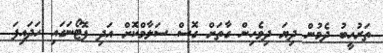
ތަރުހީބު ދެމުން ދިޔަ ދިވެހިން ގާތަށް ގޮސް ސަލާމްކޮށް އަދި ފޮޓޯނަގައި ހަދައިފަ